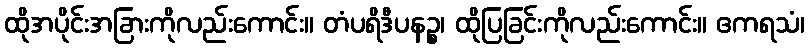
ထိုအပိုင်းအခြားကိုလည်းကောင်း။ တံပရိဒီပနဉ္စ၊ ထိုပြခြင်းကိုလည်းကောင်း။ ဧကရသံ၊